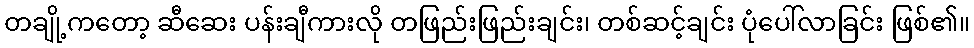
တချို့ကတော့ ဆီဆေး ပန်းချီကားလို တဖြည်းဖြည်းချင်း၊ တစ်ဆင့်ချင်း ပုံပေါ်လာခြင်း ဖြစ်၏။